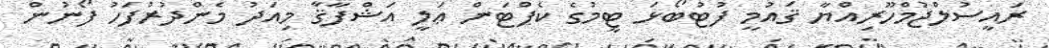
ރައީސުލްޖުމްހޫރިއްޔާ ޤައުމީ ފުޓުބޯޅަ ޓީމުގެ ކެޕްޓަން ޢަލީ އަޝްފާޤާ މިއަދު މެންދުރުފަހު ފޯނުން